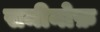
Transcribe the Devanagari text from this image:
समीनोफ़